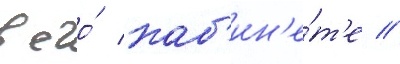
в его́ каб'ин'е́т'е //